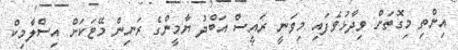
އިންތި މިގޮތަށް ވިދާޅުވެފައި މިވަނީ ރައީސް އަބްދު ޔާމީންގެ ރަނިން މޭޓަކަށް އިސްލާމިކް